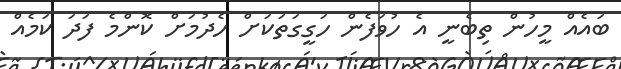
ބައެއް މީހުން ތިބެނީ އެ ހުވަފެން ހަގީގަތަކަށް ހެދުމަށް ކޮންމެ ފަދަ ކަމެއް